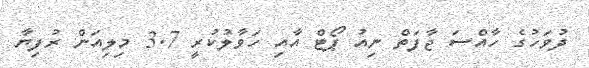
ދުވަހުގެ ހާއްސަ ޖާފަތް ނިއު ޕޯޓް އާއި ހަވާލުކުރީ 3.7 މިލިއަން ރުފިޔާ